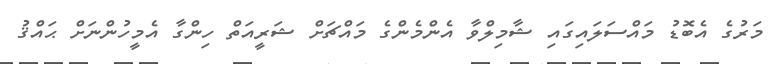
މަރުގެ އެބޮޑު މައްސަލައިގައި ޝާމިލްވާ އެންމެންގެ މައްޗަށް ޝަރީއަތް ހިންގާ އެމީހުންނަށް ޙައްޤު